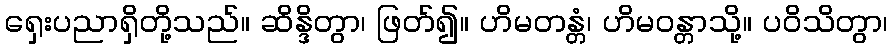
ရှေးပညာရှိတို့သည်။ ဆိန္ဒိတွာ၊ ဖြတ်၍။ ဟိမတန္တံ၊ ဟိမဝန္တာသို့။ ပဝိသိတွာ၊